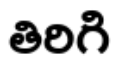
తిరిగి